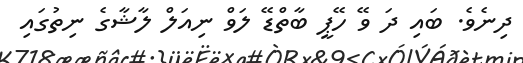
ދިނެވެ. ބައި ދަ ވޭ ހޭޕީ ބާތްޑޭ ލަވް ނިއަލް ލާޝާގެ ނިތުގައި